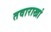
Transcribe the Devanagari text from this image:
तवाराखां